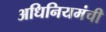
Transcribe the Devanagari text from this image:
अधिनियमंची